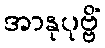
အာနုပုဗ္ဗိံ